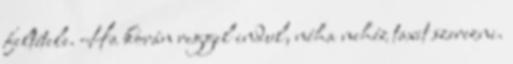
feltétele. Ha korán reggel indul, néha nehéz taxit szerezni.